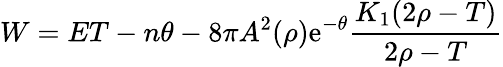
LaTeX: W=ET-n\theta-8\pi A^{2}(\rho)\mathrm{e}^{-\theta}{\frac{K_{1}(2\rho-T)}{2\rho-T}}